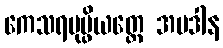
ကေသရပုပ္ဖိယတ္ထေ အပဒါန